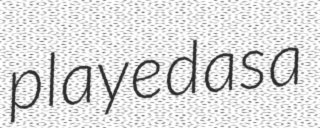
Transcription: played as a